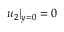
u _ { 2 } | _ { y = 0 } = 0